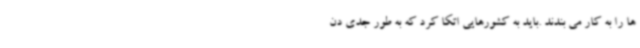
ها را به کار می بندند .باید به کشورهایی اتکا کرد که به طور جدی دن